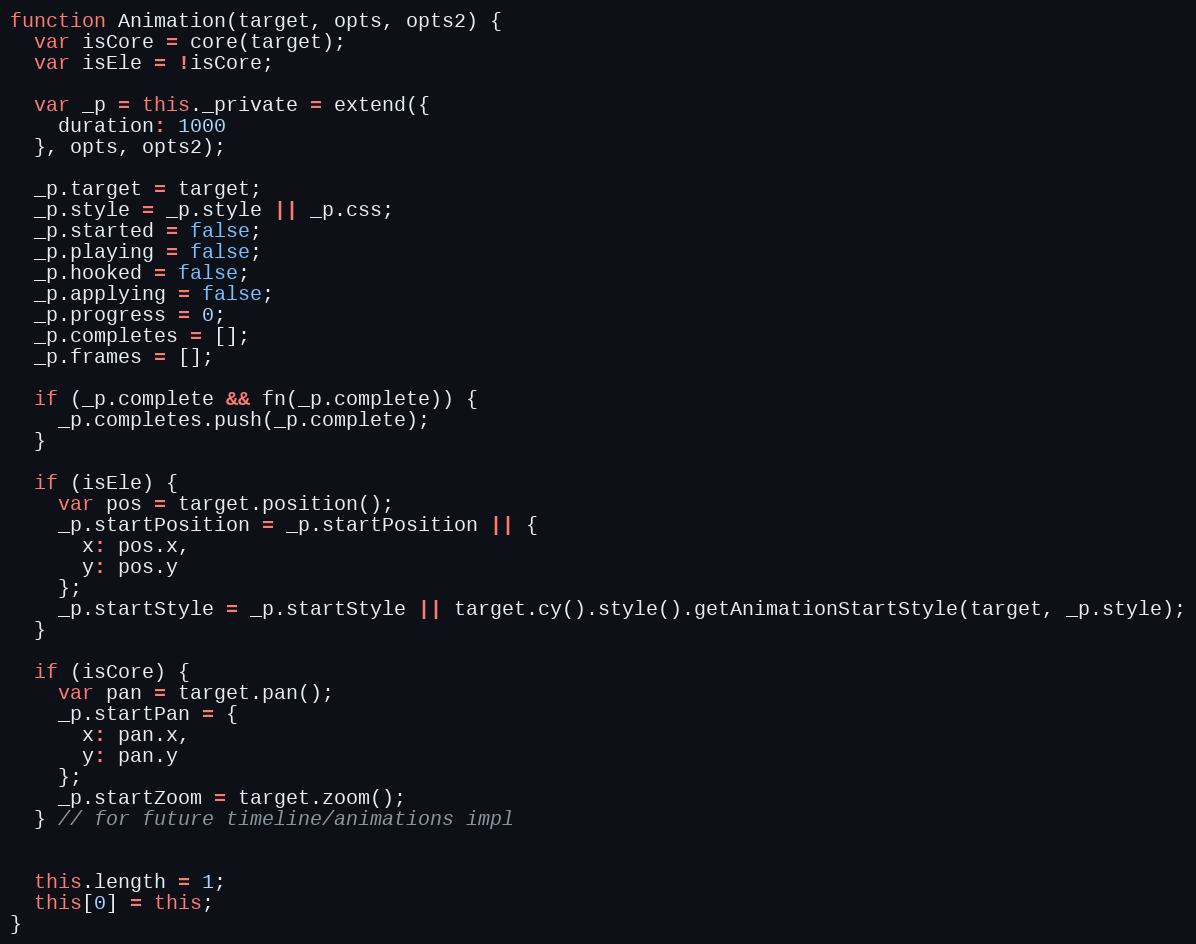
Language: JavaScript
function Animation(target, opts, opts2) {
  var isCore = core(target);
  var isEle = !isCore;

  var _p = this._private = extend({
    duration: 1000
  }, opts, opts2);

  _p.target = target;
  _p.style = _p.style || _p.css;
  _p.started = false;
  _p.playing = false;
  _p.hooked = false;
  _p.applying = false;
  _p.progress = 0;
  _p.completes = [];
  _p.frames = [];

  if (_p.complete && fn(_p.complete)) {
    _p.completes.push(_p.complete);
  }

  if (isEle) {
    var pos = target.position();
    _p.startPosition = _p.startPosition || {
      x: pos.x,
      y: pos.y
    };
    _p.startStyle = _p.startStyle || target.cy().style().getAnimationStartStyle(target, _p.style);
  }

  if (isCore) {
    var pan = target.pan();
    _p.startPan = {
      x: pan.x,
      y: pan.y
    };
    _p.startZoom = target.zoom();
  } // for future timeline/animations impl

  this.length = 1;
  this[0] = this;
}